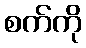
စက်ကို